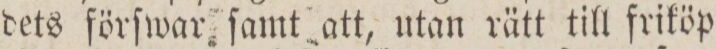
dets förſwar ſamt att, utan rätt till friköp